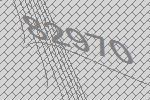
82970